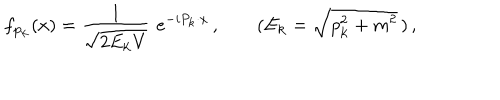
f _ { { \bf p } _ { \bf k } } ( x ) = \frac { 1 } { \sqrt { 2 E _ { \bf k } V } } \, \, e ^ { - i P _ { \bf k } \cdot x } \, , \; ( E _ { \bf k } = \sqrt { p _ { \bf k } ^ { 2 } + m ^ { 2 } } \, ) \, ,